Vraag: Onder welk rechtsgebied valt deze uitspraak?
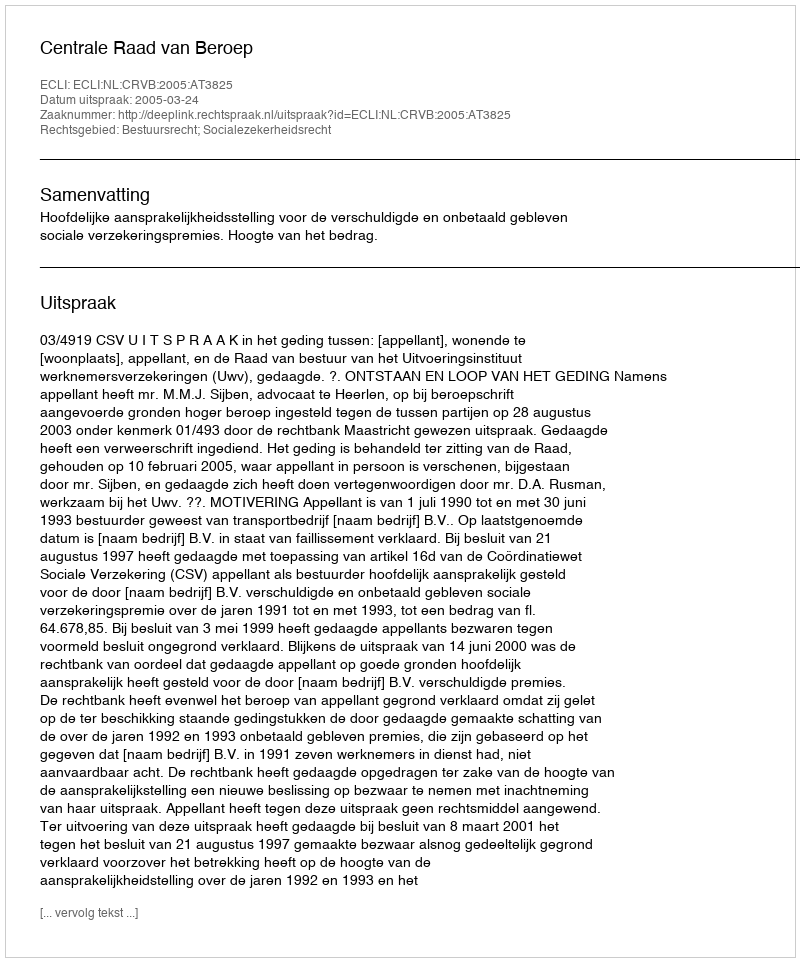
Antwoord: Bestuursrecht; Socialezekerheidsrecht